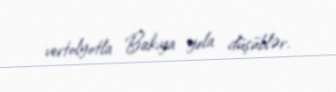
vertolyotla Bakıya yola düşüblər.